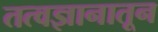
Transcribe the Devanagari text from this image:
तत्वज्ञानातून